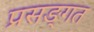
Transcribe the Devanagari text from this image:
प्रसङ्गत